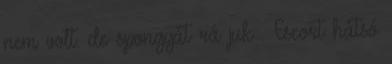
nem volt. de spongyát rá juk . Escort hátsó